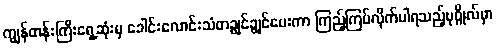
ကျွန်တန်းကြီးရှေ့ဆုံးမှ ခေါင်းလောင်းသံတချွင်ချွင်ပေးကာ ကြည့်ကြပ်လိုက်ပါရသည့်ပုဂ္ဂိုလ်မှာ